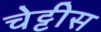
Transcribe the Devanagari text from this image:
चेट्टीस